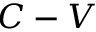
C - V